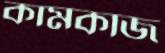
কামকাজ